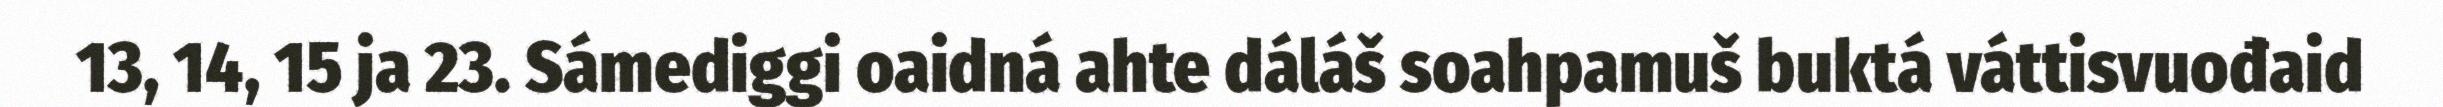
13, 14, 15 ja 23. Sámediggi oaidná ahte dáláš soahpamuš buktá váttisvuođaid